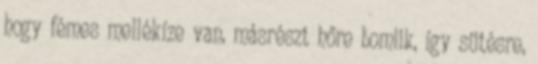
hogy fémes mellékíze van, másrészt hőre bomlik, így sütésre,